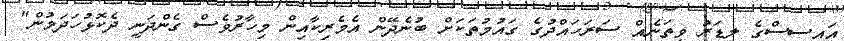
އައިސިސްގެ ލީޑަރު ވީތަނެއް ސަރަހައްދުގެ ގައުމުތަކަށް ބުނެދޭން އެމެރިކާއިން މިހާރުވެސް ގެންދަނީ ދެކޮޅުހަދަމުން"